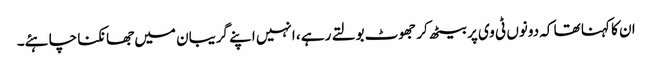
ان کا کہنا تھا کہ دونوں ٹی وی پر بیٹھ کر جھوٹ بولتے رہے ، انہیں اپنے گریبان میں جھانکنا چاہئے۔